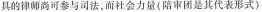
具的律师尚可参与司法，而社会力量(陪审团是其代表形式)